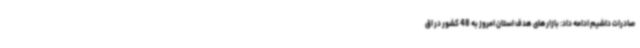
صادرات داشیم ادامه داد: بازارهای هدف استان امروز به 48 کشور در اق